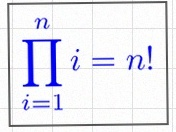
\prod_{i=1}^{n}i=n!